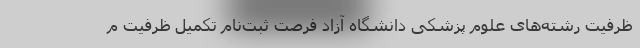
ظرفیت رشته‌های علوم پزشکی دانشگاه آزاد فرصت ثبت‌نام تکمیل ظرفیت م